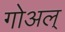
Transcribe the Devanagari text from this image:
गोअल्